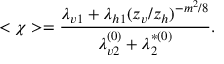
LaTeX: ~ < \chi > = \frac { \lambda _ { v 1 } + \lambda _ { h 1 } ( z _ { v } / z _ { h } ) ^ { - m ^ { 2 } / 8 } } { \lambda _ { v 2 } ^ { ( 0 ) } + \lambda _ { 2 } ^ { * ( 0 ) } } .